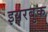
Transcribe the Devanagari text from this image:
इयरबुक